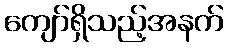
ကျော်ရှိသည့်အနက်